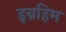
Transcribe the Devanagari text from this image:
इब्रहिम